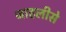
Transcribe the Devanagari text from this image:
जाहलीसे